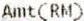
AMT(RM)